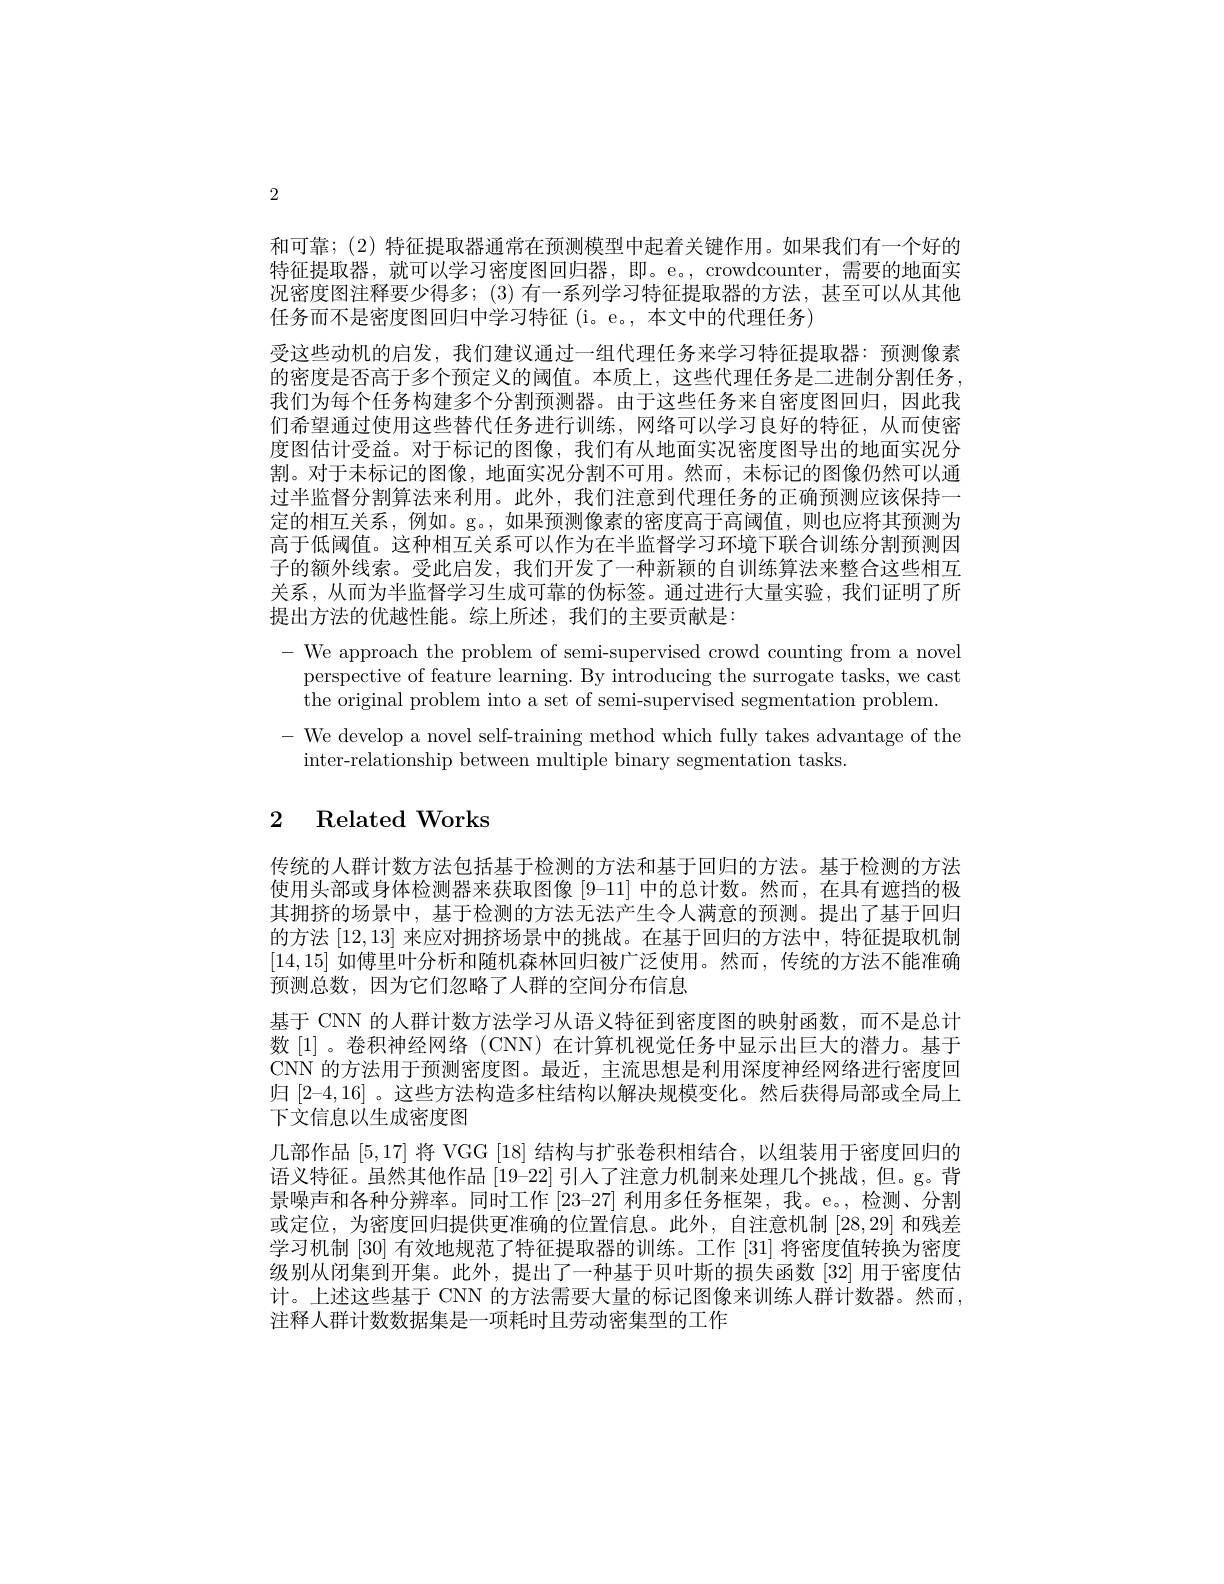
2

和可靠；(2) 特征提取器通常在预测模型中起着关键作用。如果我们有一个好的特征提取器，就可以学习密度图回归器，即。e。,crowdcounter,需要的地面实况密度图注释要少得多；(3)有一系列学习特征提取器的方法，甚至可以从其他任务而不是密度图回归中学习特征 (i。e。, 本文中的代理任务)
受这些动机的启发，我们建议通过一组代理任务来学习特征提取器：预测像素的密度是否高于多个预定义的阈值。本质上，这些代理任务是二进制分割任务， 我们为每个任务构建多个分割预测器。由于这些任务来自密度图回归，因此我们希望通过使用这些替代任务进行训练，网络可以学习良好的特征，从而使密度图估计受益。对于标记的图像，我们有从地面实况密度图导出的地面实况分割。对于未标记的图像，地面实况分割不可用。然而，未标记的图像仍然可以通过半监督分割算法来利用。此外，我们注意到代理任务的正确预测应该保持一定的相互关系，例如。g。,如果预测像素的密度高于高阈值，则也应将其预测为高于低阈值。这种相互关系可以作为在半监督学习环境下联合训练分割预测因子的额外线索。受此启发，我们开发了一种新颖的自训练算法来整合这些相互关系，从而为半监督学习生成可靠的伪标签。通过进行大量实验，我们证明了所提出方法的优越性能。综上所述，我们的主要贡献是：
- We approach the problem of semi-supervised crowd counting from a novel
perspective of feature learning. By introducing the surrogate tasks, we cast
the original problem into a set of semi-supervised segmentation problem
- We develop a novel self-training method which fully takes advantage of the
inter-relationship between multiple binary segmentation tasks

# 2 Related Works

传统的人群计数方法包括基于检测的方法和基于回归的方法。基于检测的方法使用头部或身体检测器来获取图像[9-11] 中的总计数。然而，在具有遮挡的极其拥挤的场景中，基于检测的方法无法产生令人满意的预测。提出了基于回归的方法[12,13]来应对拥挤场景中的挑战。在基于回归的方法中，特征提取机制[14,15]如傅里叶分析和随机森林回归被广泛使用。然而，传统的方法不能准确预测总数，因为它们忽略了人群的空间分布信息
基于 CNN 的人群计数方法学习从语义特征到密度图的映射函数，而不是总计数[1]。卷积神经网络(CNN)在计算机视觉任务中显示出巨大的潜力。基于CNN 的方法用于预测密度图。最近，主流思想是利用深度神经网络进行密度回归[2-4,16] 。这些方法构造多柱结构以解决规模变化。然后获得局部或全局上下文信息以生成密度图
几部作品[5,17]将 VGG [18] 结构与扩张卷积相结合，以组装用于密度回归的语义特征。虽然其他作品[19-22]引人了注意力机制来处理几个挑战，但。g。背景噪声和各种分辨率。同时工作 [23-27] 利用多任务框架，我。e。,检测、分割或定位，为密度回归提供更准确的位置信息。此外，自注意机制[28,29]和残差学习机制 [30] 有效地规范了特征提取器的训练。工作 [31] 将密度值转换为密度级别从闭集到开集。此外，提出了一种基于贝叶斯的损失函数[32]用于密度估计。上述这些基于 CNN 的方法需要大量的标记图像来训练人群计数器。然而， 注释人群计数数据集是一项耗时且劳动密集型的工作